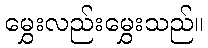
မွှေးလည်းမွှေးသည်။